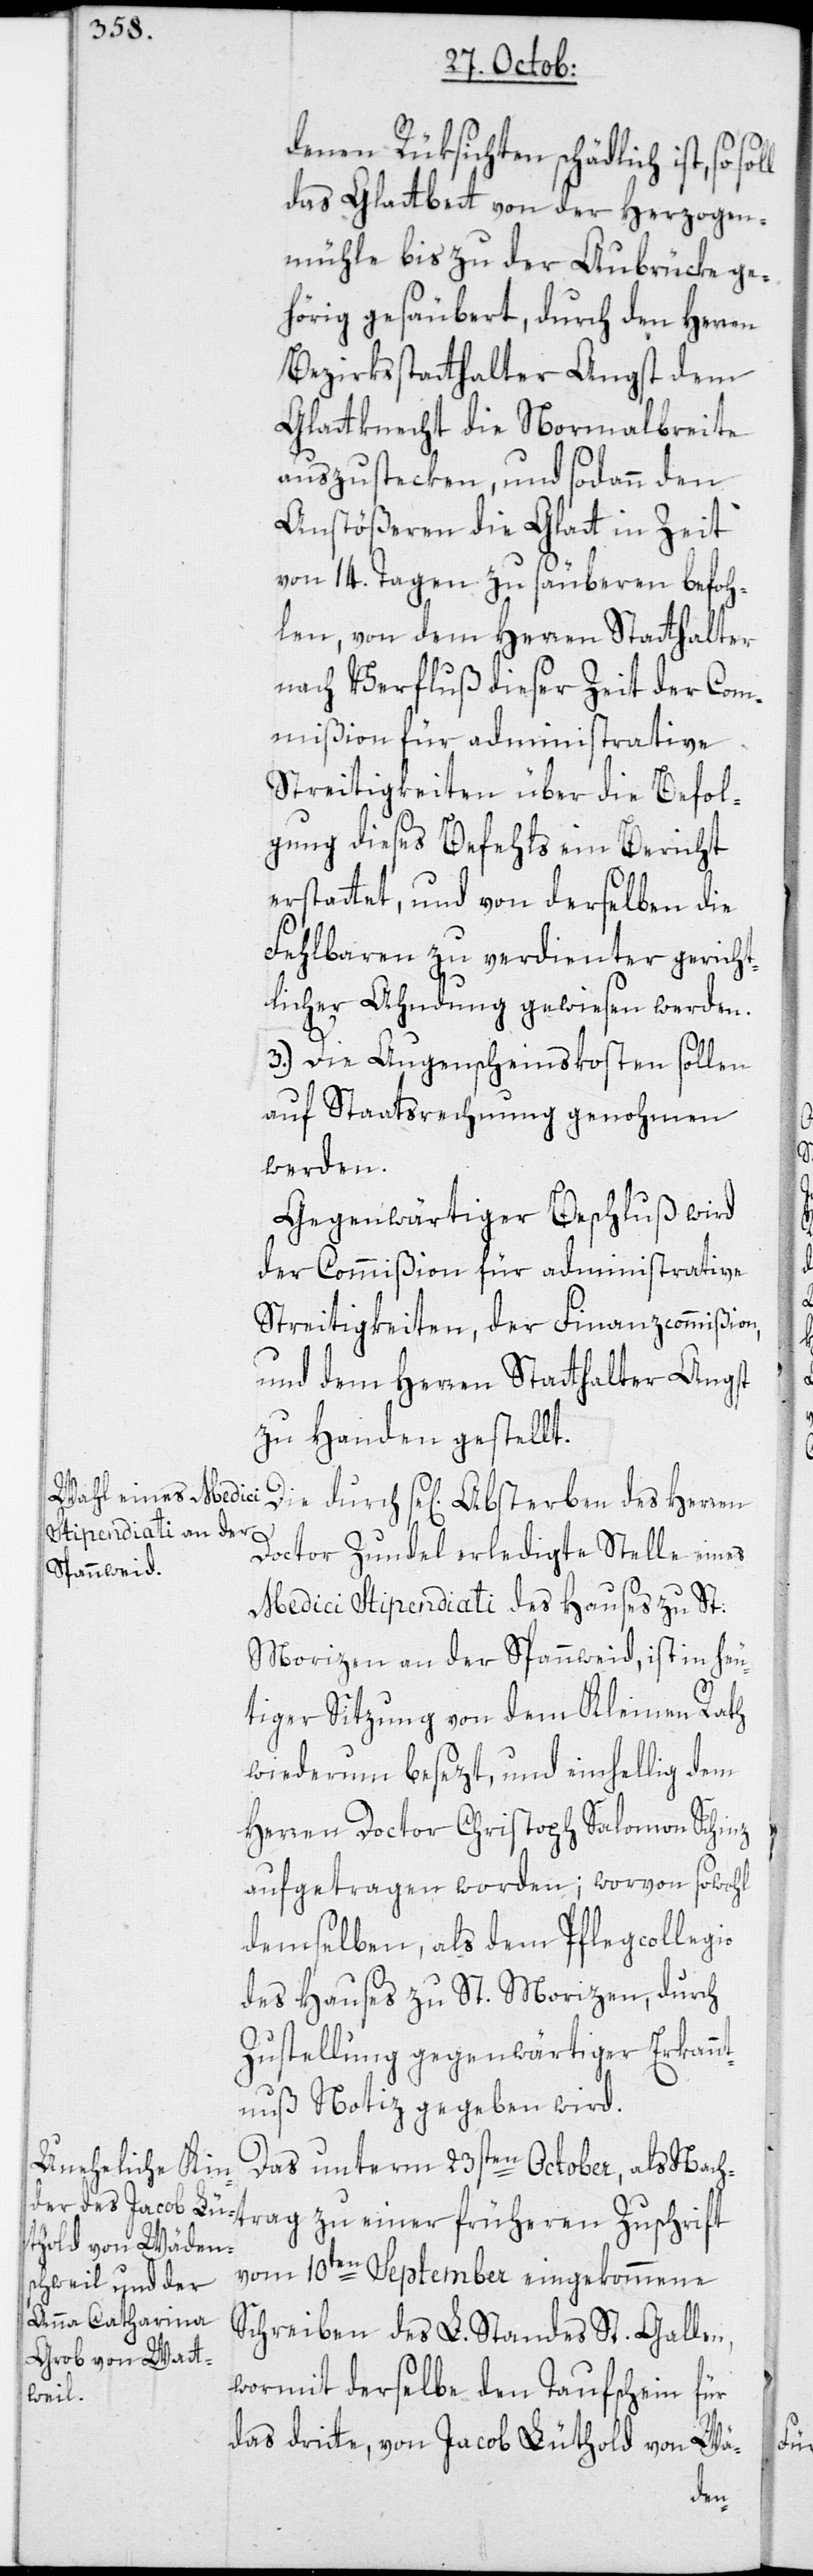
denen Rüksichten schädlich ist, so
das Glattbett von der Herzogen¬
mühle bis zu der Aubrücke ge¬
hörig gesäubert, durch den Herren
Bezirksstatthalter Angst dem
Glattknecht die Normalbreite
auszustecken, und sodann den
Anstößeren die Glatt in Zeit
von 14. Tagen zu säuberen befoh¬
len, von dem Herren Statthalter
nach Verfluß dieser Zeit der Com¬
mißion für administrative
Streitigkeiten über die Befol¬
gung dieses Befehls ein Bericht
erstattet, und von derselben die
Fehlbaren zu verdienter gericht¬
licher Ahndung gewiesen werden.
3.) Die Augenscheinskosten sollen
auf Staatsrechnung genohmen
werden.
Gegenwärtiger Beschluß wird
der Commißion für administrative
Streitigkeiten, der Finanzcommißion,
und dem Herren Statthalter Angst
zu Handen gestellt.
Die durch se[liges] Absterben des Herren
Doctor Zundel erledigte Stelle eines
Medici Stipendiati des Hauses zu St:
Morizen an der Spannweid, ist in heu¬
tiger Sitzung von dem kleinen Rath
wiederum besezt, und einhellig dem
Herren Doctor Christoph Salomon Schinz
aufgetragen worden; worvon sowohl
demselben, als dem Pflegcollegio
des Hauses zu St. Morizen, durch
Zustellung gegenwärtiger Erkannt¬
nuß Notiz gegeben wird.
Das unterm 23sten October, als Nach¬
vom 10ten September eingekommene
Schreiben des L. Standes St. Gallen,
wormit derselbe den Taufschein für
einer
das dritte, von Jacob Lüthold von
Wä-

trag